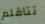
تتأقلم